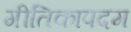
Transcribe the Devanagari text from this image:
गीतिकापदम